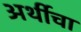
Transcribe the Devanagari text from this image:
अर्थीचा